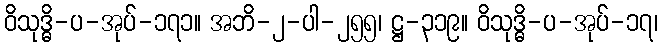
ဝိသုဒ္ဓိ-ပ-အုပ်-၁၇၁။ အဘိ-၂-ပါ-၂၅၅၊ ဋ္ဌ-၃၁၉။ ဝိသုဒ္ဓိ-ပ-အုပ်-၁၇၊